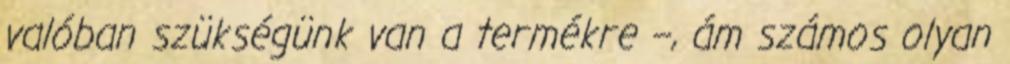
valóban szükségünk van a termékre –, ám számos olyan